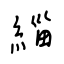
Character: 緇